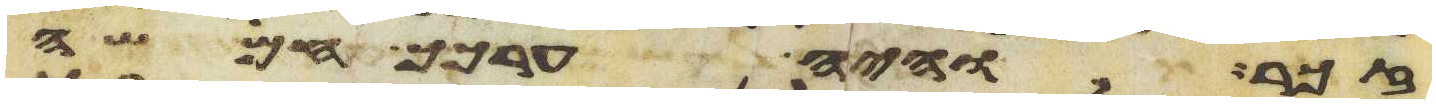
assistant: זכר והיה ערכך חמשה